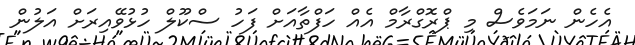
އެހެން ނަމަވެސް މި ޕްރޮގްރާމް އެއް ހަފްތާއަށް ފަހު ސްކޫލް ހުޅުވޭއިރަށް އަލުން